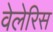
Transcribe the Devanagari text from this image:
वेलेरिस